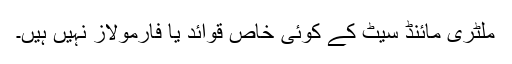
ملٹری مائنڈ سیٹ کے کوئی خاص قوائد یا فارمولاز نہیں ہیں۔